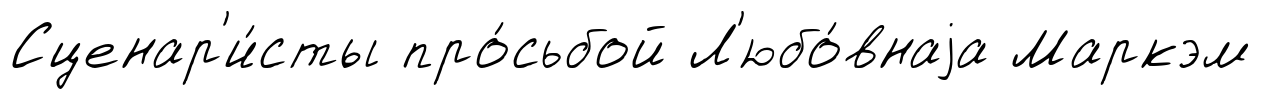
Сценар'и́сты про́сьбой Л'юбо́внаjа Маркэм